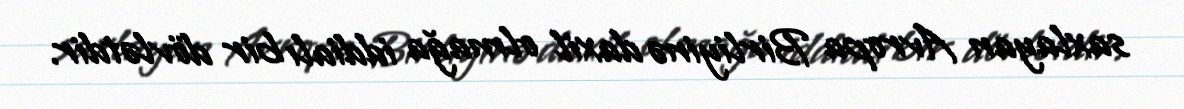
saxlayan Avropa Birliyinə daxil olmağa iddialı bir dövlətdir.